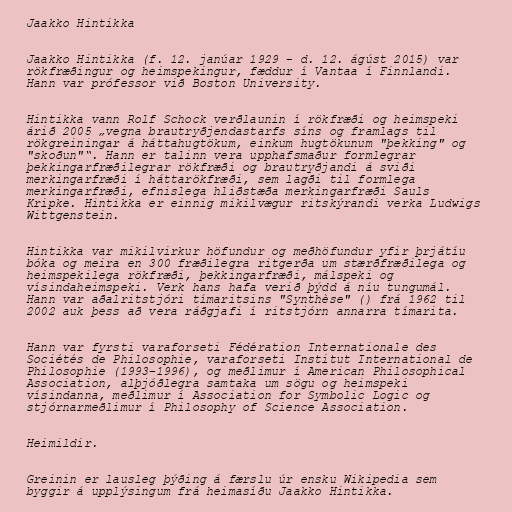
Jaakko Hintikka

Jaakko Hintikka (f. 12. janúar 1929 - d. 12. ágúst 2015) var
rökfræðingur og heimspekingur, fæddur í Vantaa í Finnlandi.
Hann var prófessor við Boston University.

Hintikka vann Rolf Schock verðlaunin í rökfræði og heimspeki
árið 2005 „vegna brautryðjendastarfs síns og framlags til
rökgreiningar á háttahugtökum, einkum hugtökunum "þekking" og
"skoðun"“. Hann er talinn vera upphafsmaður formlegrar
þekkingarfræðilegrar rökfræði og brautryðjandi á sviði
merkingarfræði í háttarökfræði, sem lagði til formlega
merkingarfræði, efnislega hliðstæða merkingarfræði Sauls
Kripke. Hintikka er einnig mikilvægur ritskýrandi verka Ludwigs
Wittgenstein.

Hintikka var mikilvirkur höfundur og meðhöfundur yfir þrjátíu
bóka og meira en 300 fræðilegra ritgerða um stærðfræðilega og
heimspekilega rökfræði, þekkingarfræði, málspeki og
vísindaheimspeki. Verk hans hafa verið þýdd á níu tungumál.
Hann var aðalritstjóri tímaritsins "Synthèse" () frá 1962 til
2002 auk þess að vera ráðgjafi í ritstjórn annarra tímarita.

Hann var fyrsti varaforseti Fédération Internationale des
Sociétés de Philosophie, varaforseti Institut International de
Philosophie (1993–1996), og meðlimur í American Philosophical
Association, alþjóðlegra samtaka um sögu og heimspeki
vísindanna, meðlimur í Association for Symbolic Logic og
stjórnarmeðlimur í Philosophy of Science Association.

Heimildir.

Greinin er lausleg þýðing á færslu úr ensku Wikipedia sem
byggir á upplýsingum frá heimasíðu Jaakko Hintikka.